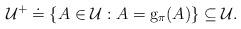
LaTeX: \begin{align*}\mathcal{U}^{+}\doteq \{A\in \mathcal{U}:A=\mathrm{g}_{\pi }(A)\}\subseteq \mathcal{U}. \end{align*}